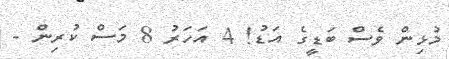
މުޅިން ވެސް ބަޑީގެ އަޑު! 4 އަހަރު 8 މަސް ކުރިން -